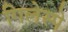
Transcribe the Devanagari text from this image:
गिलेस्पे